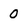
Character: 0